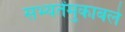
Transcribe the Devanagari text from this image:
सभ्यतेंमुकाबले